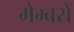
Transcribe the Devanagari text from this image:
मेम्बरों